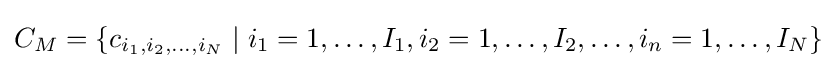
C_{M}=\{c_{i_{1},i_{2},\ldots ,i_{N}}\mid i_{1}=1,\ldots ,I_{1},i_{2}=1,\ldots ,I_{2},\ldots ,i_{n}=1,\ldots ,I_{N}\}